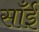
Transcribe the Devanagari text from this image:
साँईं